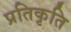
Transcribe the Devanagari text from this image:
प्रतिकृति